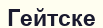
Гейтске